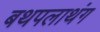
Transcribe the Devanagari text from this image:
बथपलाथंग